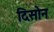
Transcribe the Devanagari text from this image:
दिसोन